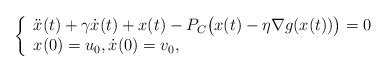
\begin{align*}\left\{\begin{array}{ll}\ddot x(t) + \gamma \dot x(t) + x(t)-P_C\big(x(t)-\eta \nabla g(x(t))\big)=0\\x(0)=u_0, \dot x(0)=v_0,\end{array}\right.\end{align*}